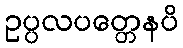
ဥပ္ပလပတ္တေနပိ